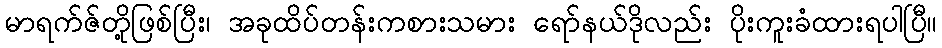
မာရက်ဇ်တို့ဖြစ်ပြီး၊ အခုထိပ်တန်းကစားသမား ရော်နယ်ဒိုလည်း ပိုးကူးခံထားရပါပြီ။